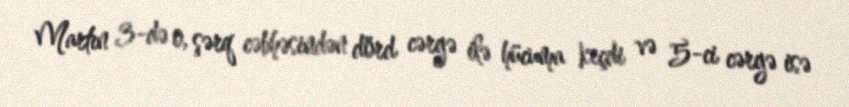
Martın 3-də o, şərq cəbhəsindən dörd cərgə ilə hücuma keçdi və 5-ci cərgə isə